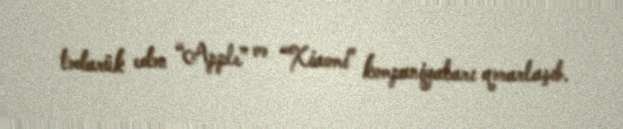
tədarük edən “Apple” və “Xiaomi” kompaniyaları qərarlaşıb.